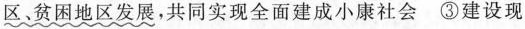
贫困地区发展，共同实现全面建成小康社会③建设现